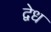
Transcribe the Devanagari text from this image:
द्वेध